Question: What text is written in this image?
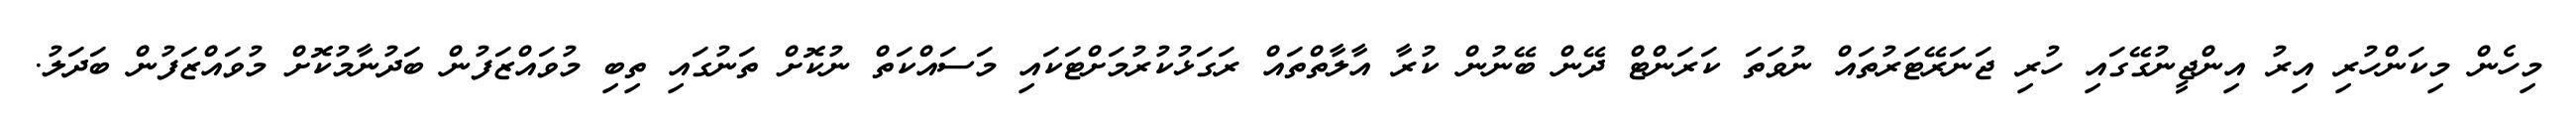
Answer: މިހެން މިކަންހުރި އިރު އިންޖީނުގޭގައި ހުރި ޖަނަރޭޓަރުތައް ނުވަތަ ކަރަންޓް ދޭން ބޭނުން ކުރާ އާލާތްތައް ރަގަޅުކުރުމަށްޓަކައި މަސައްކަތް ނުކޮށް ތަނުގައި ތިބި މުވައްޒަފުން ބަދުނާމުކޮށް މުވައްޒަފުން ބަދަލު.